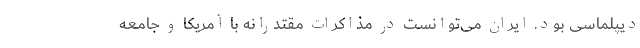
دیپلماسی بود. ایران می‌توانست در مذاکرات مقتدرانه با آمریکا و جامعه